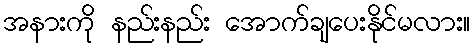
အနားကို နည်းနည်း အောက်ချပေးနိုင်မလား။